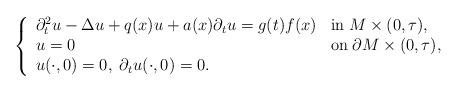
LaTeX: \begin{align*}\left\{\begin{array}{lll} \partial _t^2 u - \Delta u + q(x)u + a(x) \partial_t u = g(t)f(x) &\mbox{in}\; M \times (0,\tau), \\u = 0 &\mbox{on}\; \partial M \times (0,\tau), \\u(\cdot ,0) = 0,\; \partial_t u (\cdot ,0) = 0.\end{array}\right.\end{align*}